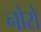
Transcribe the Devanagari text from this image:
नोरों